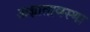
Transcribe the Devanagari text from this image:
अज्ञातावस्था